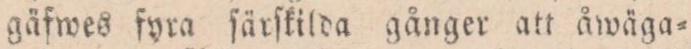
gäfwes fyra ſärſkilda gånger att åwäga=